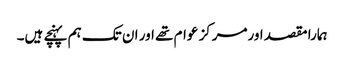
ہمارا مقصد اورمرکز عوام تھے اور ان تک ہم پہنچے ہیں۔